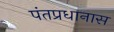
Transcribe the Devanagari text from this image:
पंतप्रधानास